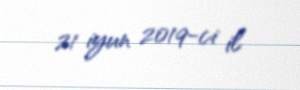
21 iyun 2019-ci il